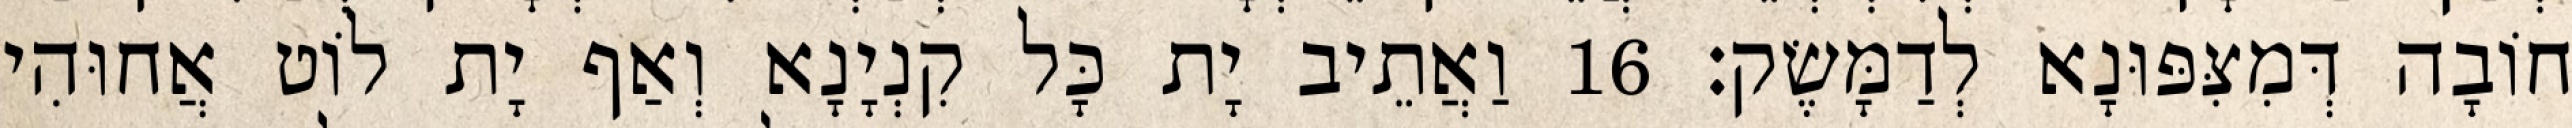
חוֹבָה דְּמִצִּפּוּנָא לְדַמָּשֶׂק׃ 16 וַאֲתֵיב יָת כָּל קִנְיָנָא וְאַף יָת לוֹט אֲחוּהִי